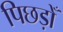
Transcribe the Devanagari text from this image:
पिछड़ोँ